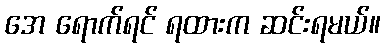
အေ ရောက်ရင် ရထားက ဆင်းရမယ်။